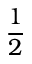
\frac 1 2